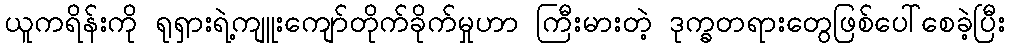
ယူကရိန်းကို ရုရှားရဲ့ကျူးကျော်တိုက်ခိုက်မှုဟာ ကြီးမားတဲ့ ဒုက္ခတရားတွေဖြစ်ပေါ်စေခဲ့ပြီး